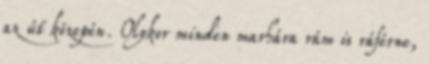
az út közepén. Olykor minden marhára rám is ráférne,